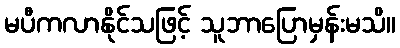
မပီကလာနိုင်သဖြင့် သူဘာပြောမှန်းမသိ။